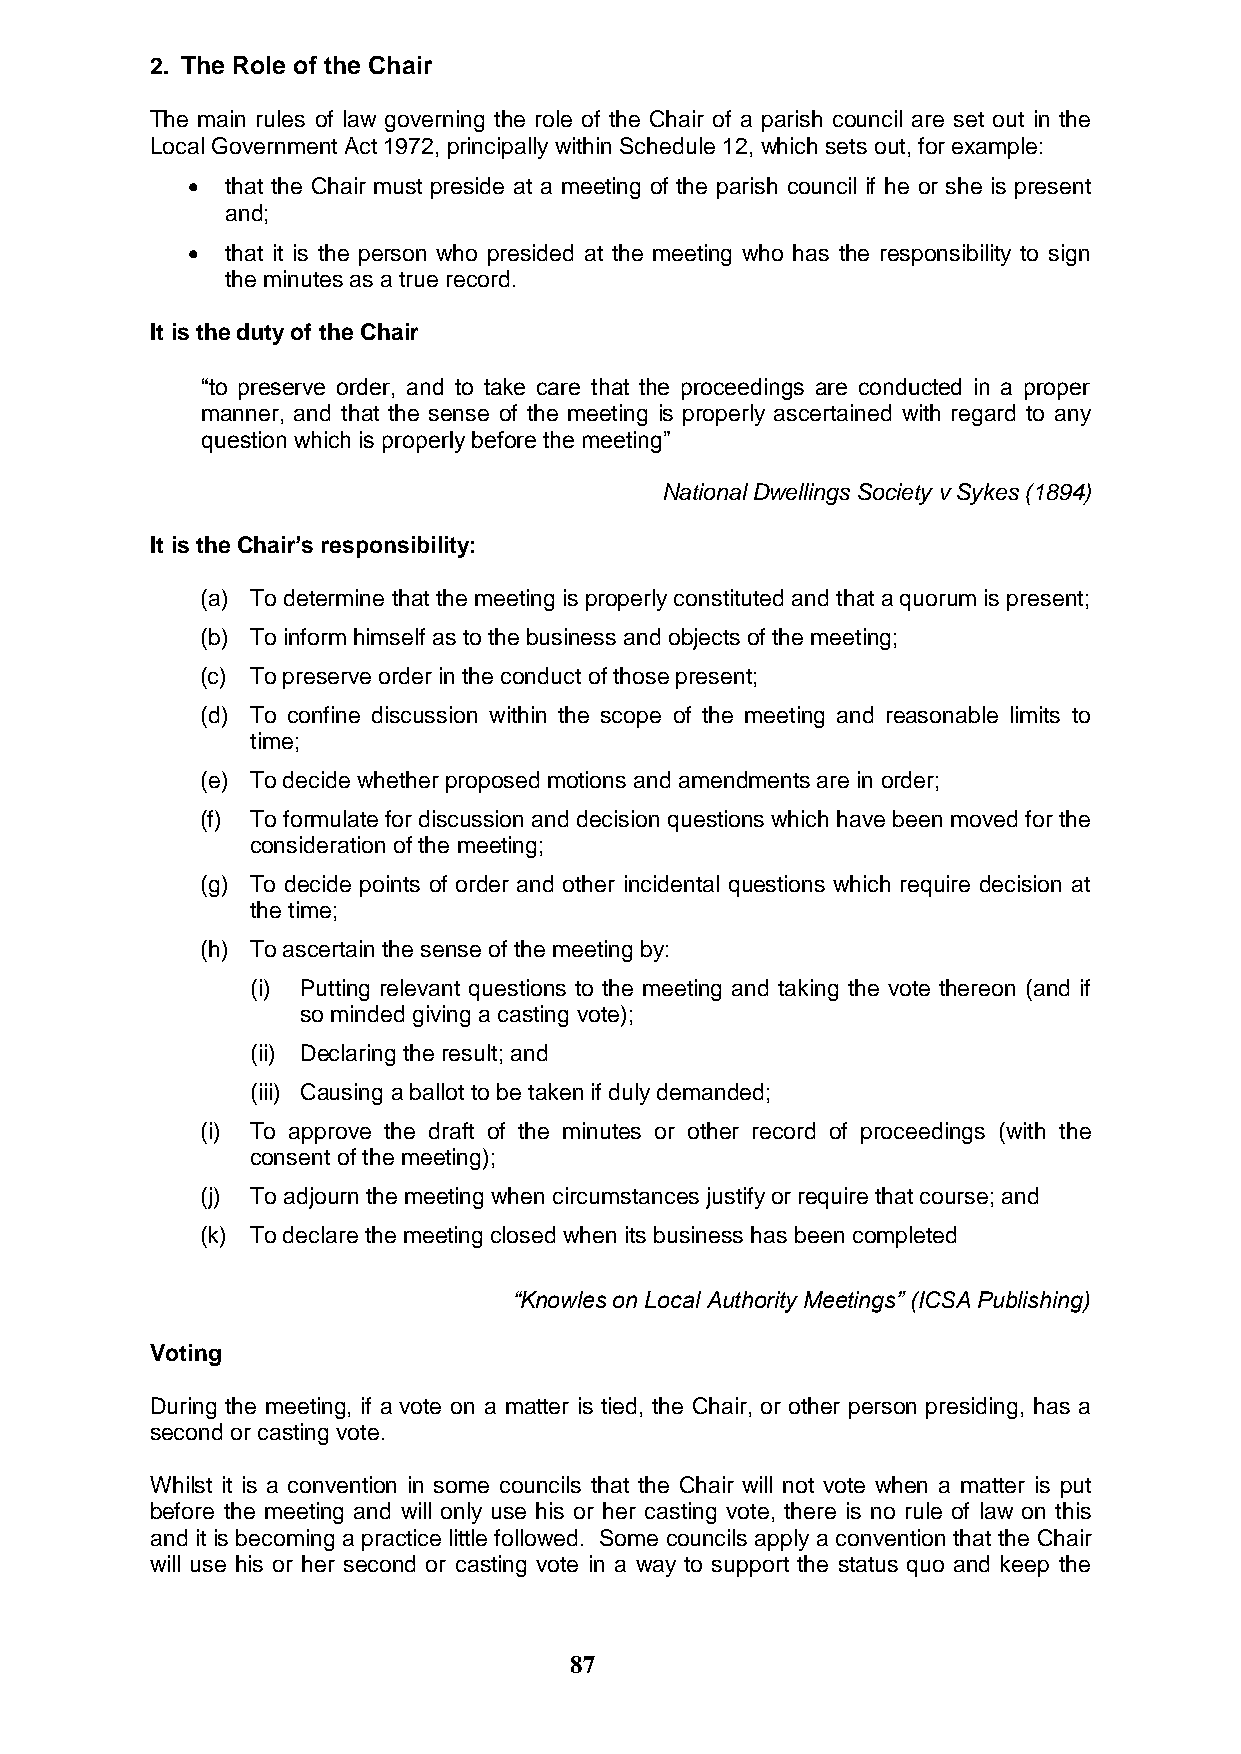
2. The Role of the Chair
 The main rules of law governing the role of the Chair of a parish council are set out in the
 Local Government Act 1972, principally within Schedule 12, which sets out, for example:
   that the Chair must preside at a meeting of the parish council if he or she is present
 and;
   that it is the person who presided at the meeting who has the responsibility to sign
 the minutes as a true record.
 It is the duty of the Chair
 “to preserve order, and to take care that the proceedings are conducted in a proper
 manner, and that the sense of the meeting is properly ascertained with regard to any
 question which is properly before the meeting”
 National Dwellings Society v Sykes (1894)
 It is the Chair’s responsibility:
 (a) To determine that the meeting is properly constituted and that a quorum is present;
 (b) To inform himself as to the business and objects of the meeting;
 (c) To preserve order in the conduct of those present;
 (d) To confine discussion within the scope of the meeting and reasonable limits to
 time;
 (e) To decide whether proposed motions and amendments are in order;
 (f) To formulate for discussion and decision questions which have been moved for the
 consideration of the meeting;
 (g) To decide points of order and other incidental questions which require decision at
 the time;
 (h) To ascertain the sense of the meeting by:
 (i) Putting relevant questions to the meeting and taking the vote thereon (and if
 so minded giving a casting vote);
 (ii) Declaring the result; and
 (iii) Causing a ballot to be taken if duly demanded;
 (i) To approve the draft of the minutes or other record of proceedings (with the
 consent of the meeting);
 (j) To adjourn the meeting when circumstances justify or require that course; and
 (k) To declare the meeting closed when its business has been completed
 “Knowles on Local Authority Meetings” (ICSA Publishing)
 Voting
 During the meeting, if a vote on a matter is tied, the Chair, or other person presiding, has a
 second or casting vote.
 Whilst it is a convention in some councils that the Chair will not vote when a matter is put
 before the meeting and will only use his or her casting vote, there is no rule of law on this
 and it is becoming a practice little followed. Some councils apply a convention that the Chair
 will use his or her second or casting vote in a way to support the status quo and keep the
 87